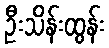
ဦးသိန်းထွန်း